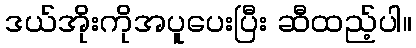
ဒယ်အိုးကိုအပူပေးပြီး ဆီထည့်ပါ။